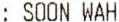
: SOON WAH